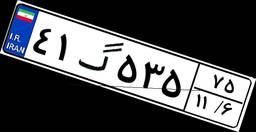
۴۰گ۷۵۴۷۵